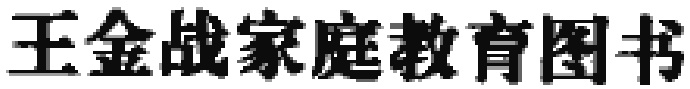
王金战家庭教育图书